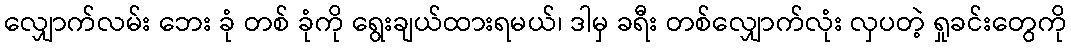
လျှောက်လမ်း ဘေး ခုံ တစ် ခုံကို ရွေးချယ်ထားရမယ်၊ ဒါမှ ခရီး တစ်လျှောက်လုံး လှပတဲ့ ရှုခင်းတွေကို